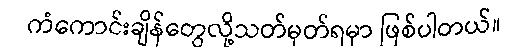
ကံကောင်းချိန်တွေလို့သတ်မှတ်ရမှာ ဖြစ်ပါတယ်။